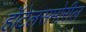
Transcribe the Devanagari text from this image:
हॉटेलसमोरील